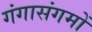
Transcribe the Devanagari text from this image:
गंगासंगमों